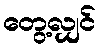
တွေ့လျှင်